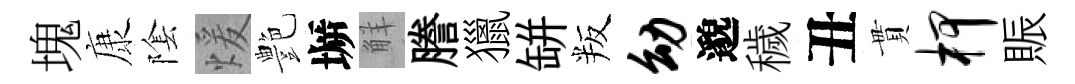
塊康隂煖艶󶱲觧謄獵缾叛幼邈穢丑貫柙賑